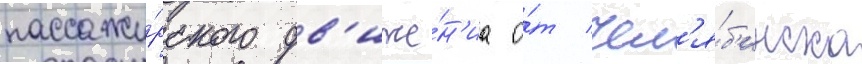
пассажи́рского дв'иже́н'иа о́т чел'я́б'инска